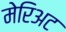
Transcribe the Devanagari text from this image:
मेरिअट